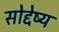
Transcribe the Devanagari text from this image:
सोद्देष्य